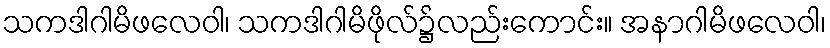
သကဒါဂါမိဖလေဝါ၊ သကဒါဂါမိဖိုလ်၌လည်းကောင်း။ အနာဂါမိဖလေဝါ၊